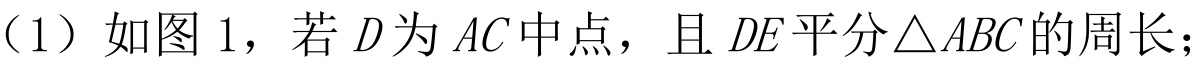
（1）如图 1，若 \(D\) 为 \(AC\) 中点，且 \(DE\) 平分\(\triangle ABC\) 的周长；